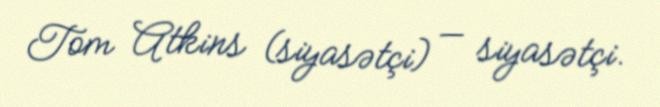
Tom Atkins (siyasətçi) — siyasətçi.